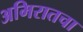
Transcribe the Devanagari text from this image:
अमिरातचा